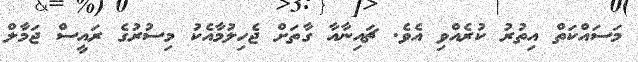
މަސައްކަތް އިތުރު ކުރެއްވި އެވެ. ޗައިނާއާ ގާތަށް ޖެހިލުމާއެކު މިސުރުގެ ރައީސް ޖަމާލް